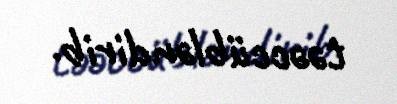
təəccübləndirib.